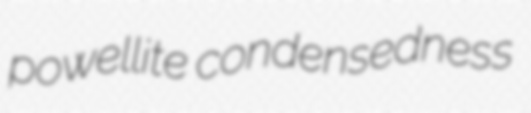
powellite condensedness